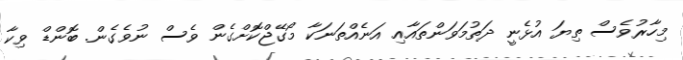
މިހާރުވެސް ތިޔަ އުޅެނީ ދަތުމަވަންތައާއި އަނެއްތަނަކާ މޯގޭޖްކޮށްގެން ވެސް ނުވެގެން. ބޮންޑް ވިކާ